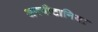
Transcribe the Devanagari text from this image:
अक्वीटानिया